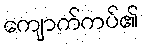
ကျောက်ကပ်၏